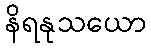
နိရနုသယော